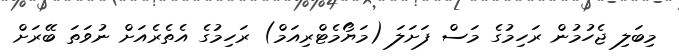
މިބަލި ޖެހުމުން ރަހިމުގެ މަސް ފަށަލަ (މަޔޯމެޓްރިއަމް) ރަހިމުގެ އެތެރެއަށް ނުވަތަ ބޭރަށް